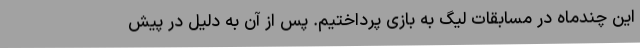
این چندماه در مسابقات لیگ به بازی پرداختیم. پس از آن به دلیل در پیش